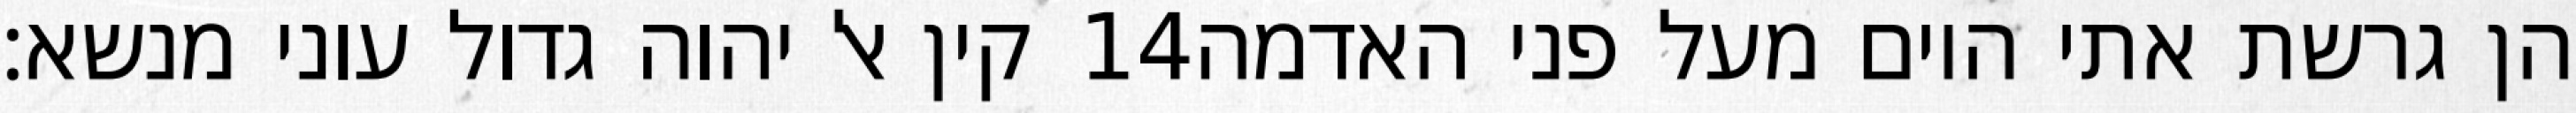
קין אל יהוה גדול עוני מנשא׃ ‎14‏ הן גרשת אתי היום מעל פני האדמה